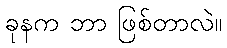
ခုနက ဘာ ဖြစ်တာလဲ။